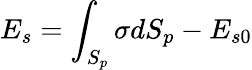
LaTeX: E_{s}=\displaystyle\int_{S_{p}}\sigma dS_{p}-E_{s0}